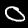
Label: 0